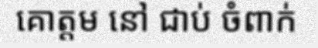
គោត្តម នៅ ជាប់ ចំពាក់